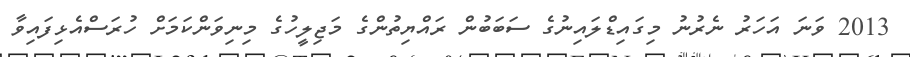
2013 ވަނަ އަހަރު ނެރުނު މިގައިޑްލައިނުގެ ސަބަބުން ރައްޔިތުންގެ މަޖިލީހުގެ މިނިވަންކަމަށް ހުރަސްއެޅިފައިވާ